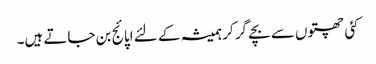
کئی چھتوں سے بچے گر کر ہمیشہ کے لئے اپائج بن جاتے ہیں۔